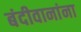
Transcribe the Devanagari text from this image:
बंदीवानांना